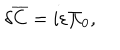
LaTeX: \delta { \overline { { C } } } = i \varepsilon \Pi _ { 0 } ,